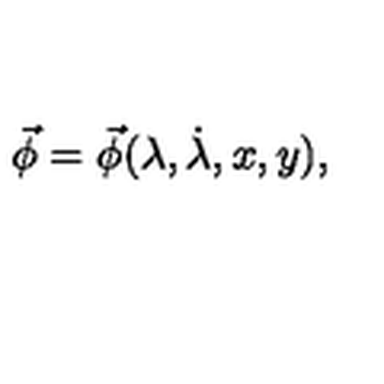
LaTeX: \vec { \phi } = \vec { \phi } ( \lambda , \dot { \lambda } , x , y ) ,